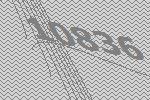
10836